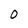
Character: 0